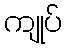
ကျုပ်